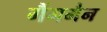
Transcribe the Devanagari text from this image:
गैंगमैन